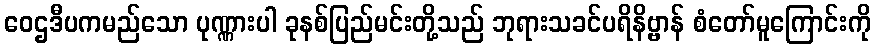
ဝေဌဒီပကမည်သော ပုဏ္ဏားပါ ခုနစ်ပြည်မင်းတို့သည် ဘုရားသခင်ပရိနိဗ္ဗာန် စံတော်မူကြောင်းကို